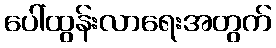
ပေါ်ထွန်းလာရေးအတွက်